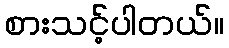
စားသင့်ပါတယ်။